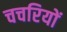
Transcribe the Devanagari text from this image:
चचरियों